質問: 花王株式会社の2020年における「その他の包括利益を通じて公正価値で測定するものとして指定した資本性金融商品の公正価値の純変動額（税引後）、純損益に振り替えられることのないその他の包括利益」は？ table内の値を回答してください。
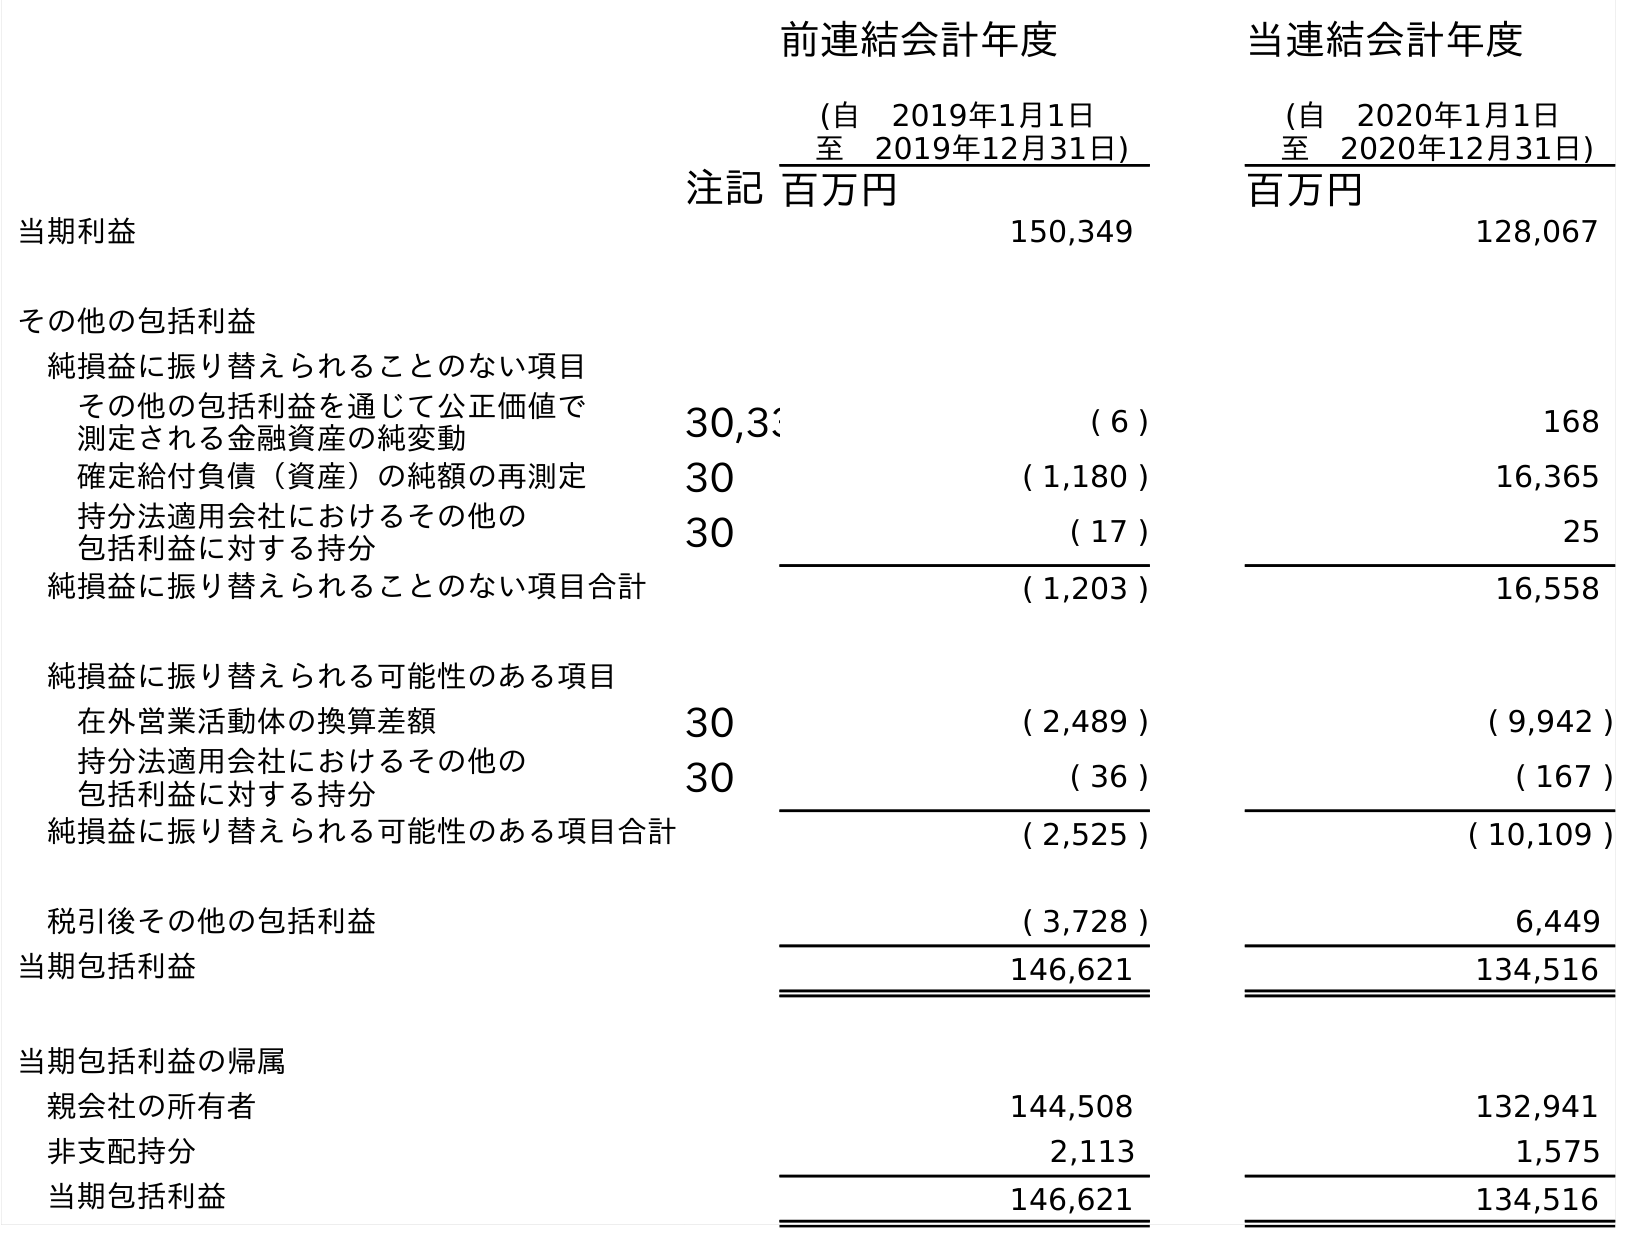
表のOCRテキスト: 前連結会計年度 (自 2019年1月1日 至 2019年12月31日) 当連結会計年度 (自 2020年1月1日 至 2020年12月31日) 注記百万円 百万円 当期利益 150,349 128,067 その他の包括利益 純損益に振り替えられることのない項目 その他の包括利益を通じて公正価値で 測定される金融資産の純変動 30,33 ( 6 ) 168 確定給付負債（資産）の純額の再測定 30 ( 1,180 ) 16,365 持分法適用会社におけるその他の 包括利益に対する持分 30 ( 17 ) 25 純損益に振り替えられることのない項目合計 ( 1,203 ) 16,558 純損益に振り替えられる可能性のある項目 在外営業活動体の換算差額 30 ( 2,489 ) ( 9,942 ) 持分法適用会社におけるその他の 包括利益に対する持分 30 ( 36 ) ( 167 ) 純損益に振り替えられる可能性のある項目合計 ( 2,525 ) ( 10,109 ) 税引後その他の包括利益 ( 3,728 ) 6,449 当期包括利益 146,621 134,516 当期包括利益の帰属 親会社の所有者 144,508 132,941 非支配持分 2,113 1,575 当期包括利益 146,621 134,516
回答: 168